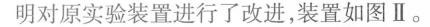
明对原实验装置进行了改进，装置如图Ⅱ。